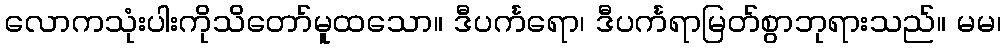
လောကသုံးပါးကိုသိတော်မူထသော။ ဒီပင်္ကရော၊ ဒီပင်္ကရာမြတ်စွာဘုရားသည်။ မမ၊